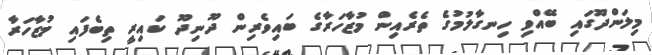
މިލަންދޫގައި ބޭއްވި ހިނގާލުމުގެ ތެރެއިން މުޒާހަރާގެ ބައިވެރިން ދޫނިދޫ ކައިރީ ތިބެފައި މުޒާހަރާ